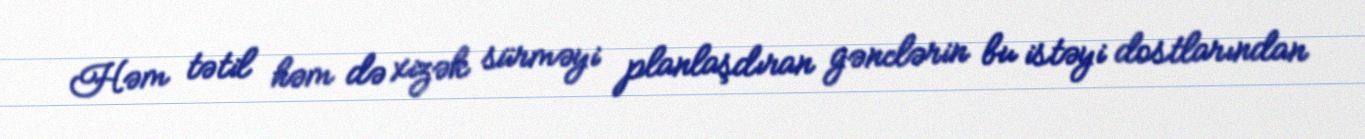
Həm tətil həm də xizək sürməyi planlaşdıran gənclərin bu istəyi dostlarından